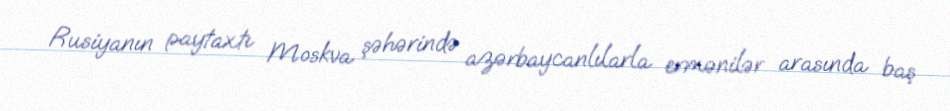
Rusiyanın paytaxtı Moskva şəhərində azərbaycanlılarla ermənilər arasında baş